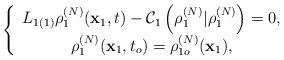
LaTeX: \begin{align*}\left\{\begin{array}{c}L_{1\left( 1\right) }\rho _{1}^{(N)}(\mathbf{x}_{1},t)-\mathcal{C}_{1}\left(\rho _{1}^{(N)}|\rho _{1}^{(N)}\right) =0, \\\rho _{1}^{(N)}(\mathbf{x}_{1},t_{o})=\rho _{1o}^{(N)}(\mathbf{x}_{1}),\end{array}\right. \end{align*}